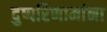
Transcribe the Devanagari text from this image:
दुष्परिणामांना